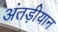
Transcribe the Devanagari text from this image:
अंतड़ीयान